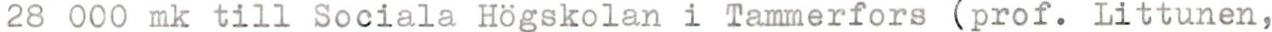
28 000 mk till Sociala Högskolan i Tammerfors (prof. Littunen,